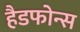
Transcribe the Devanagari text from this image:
हैडफोन्स